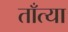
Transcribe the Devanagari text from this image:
ताँत्या